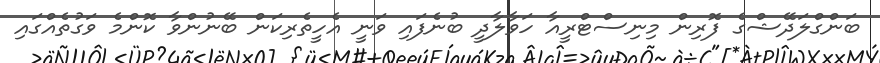
ބަންގްލަދޭޝްގެ ފޮރިން މިނިސްޓްރީއާ ހަވާލާދީ ބުނެފައި ވަނީ އެހީތެރިކަން ބޭނުންވާ ކޮންމެ ވަގުތެއްގައި